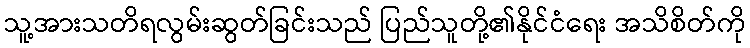
သူ့အားသတိရလွမ်းဆွတ်ခြင်းသည် ပြည်သူတို့၏နိုင်ငံရေး အသိစိတ်ကို